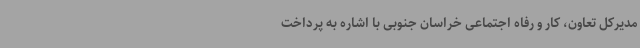
مدیرکل تعاون، کار و رفاه اجتماعی خراسان جنوبی با اشاره به پرداخت